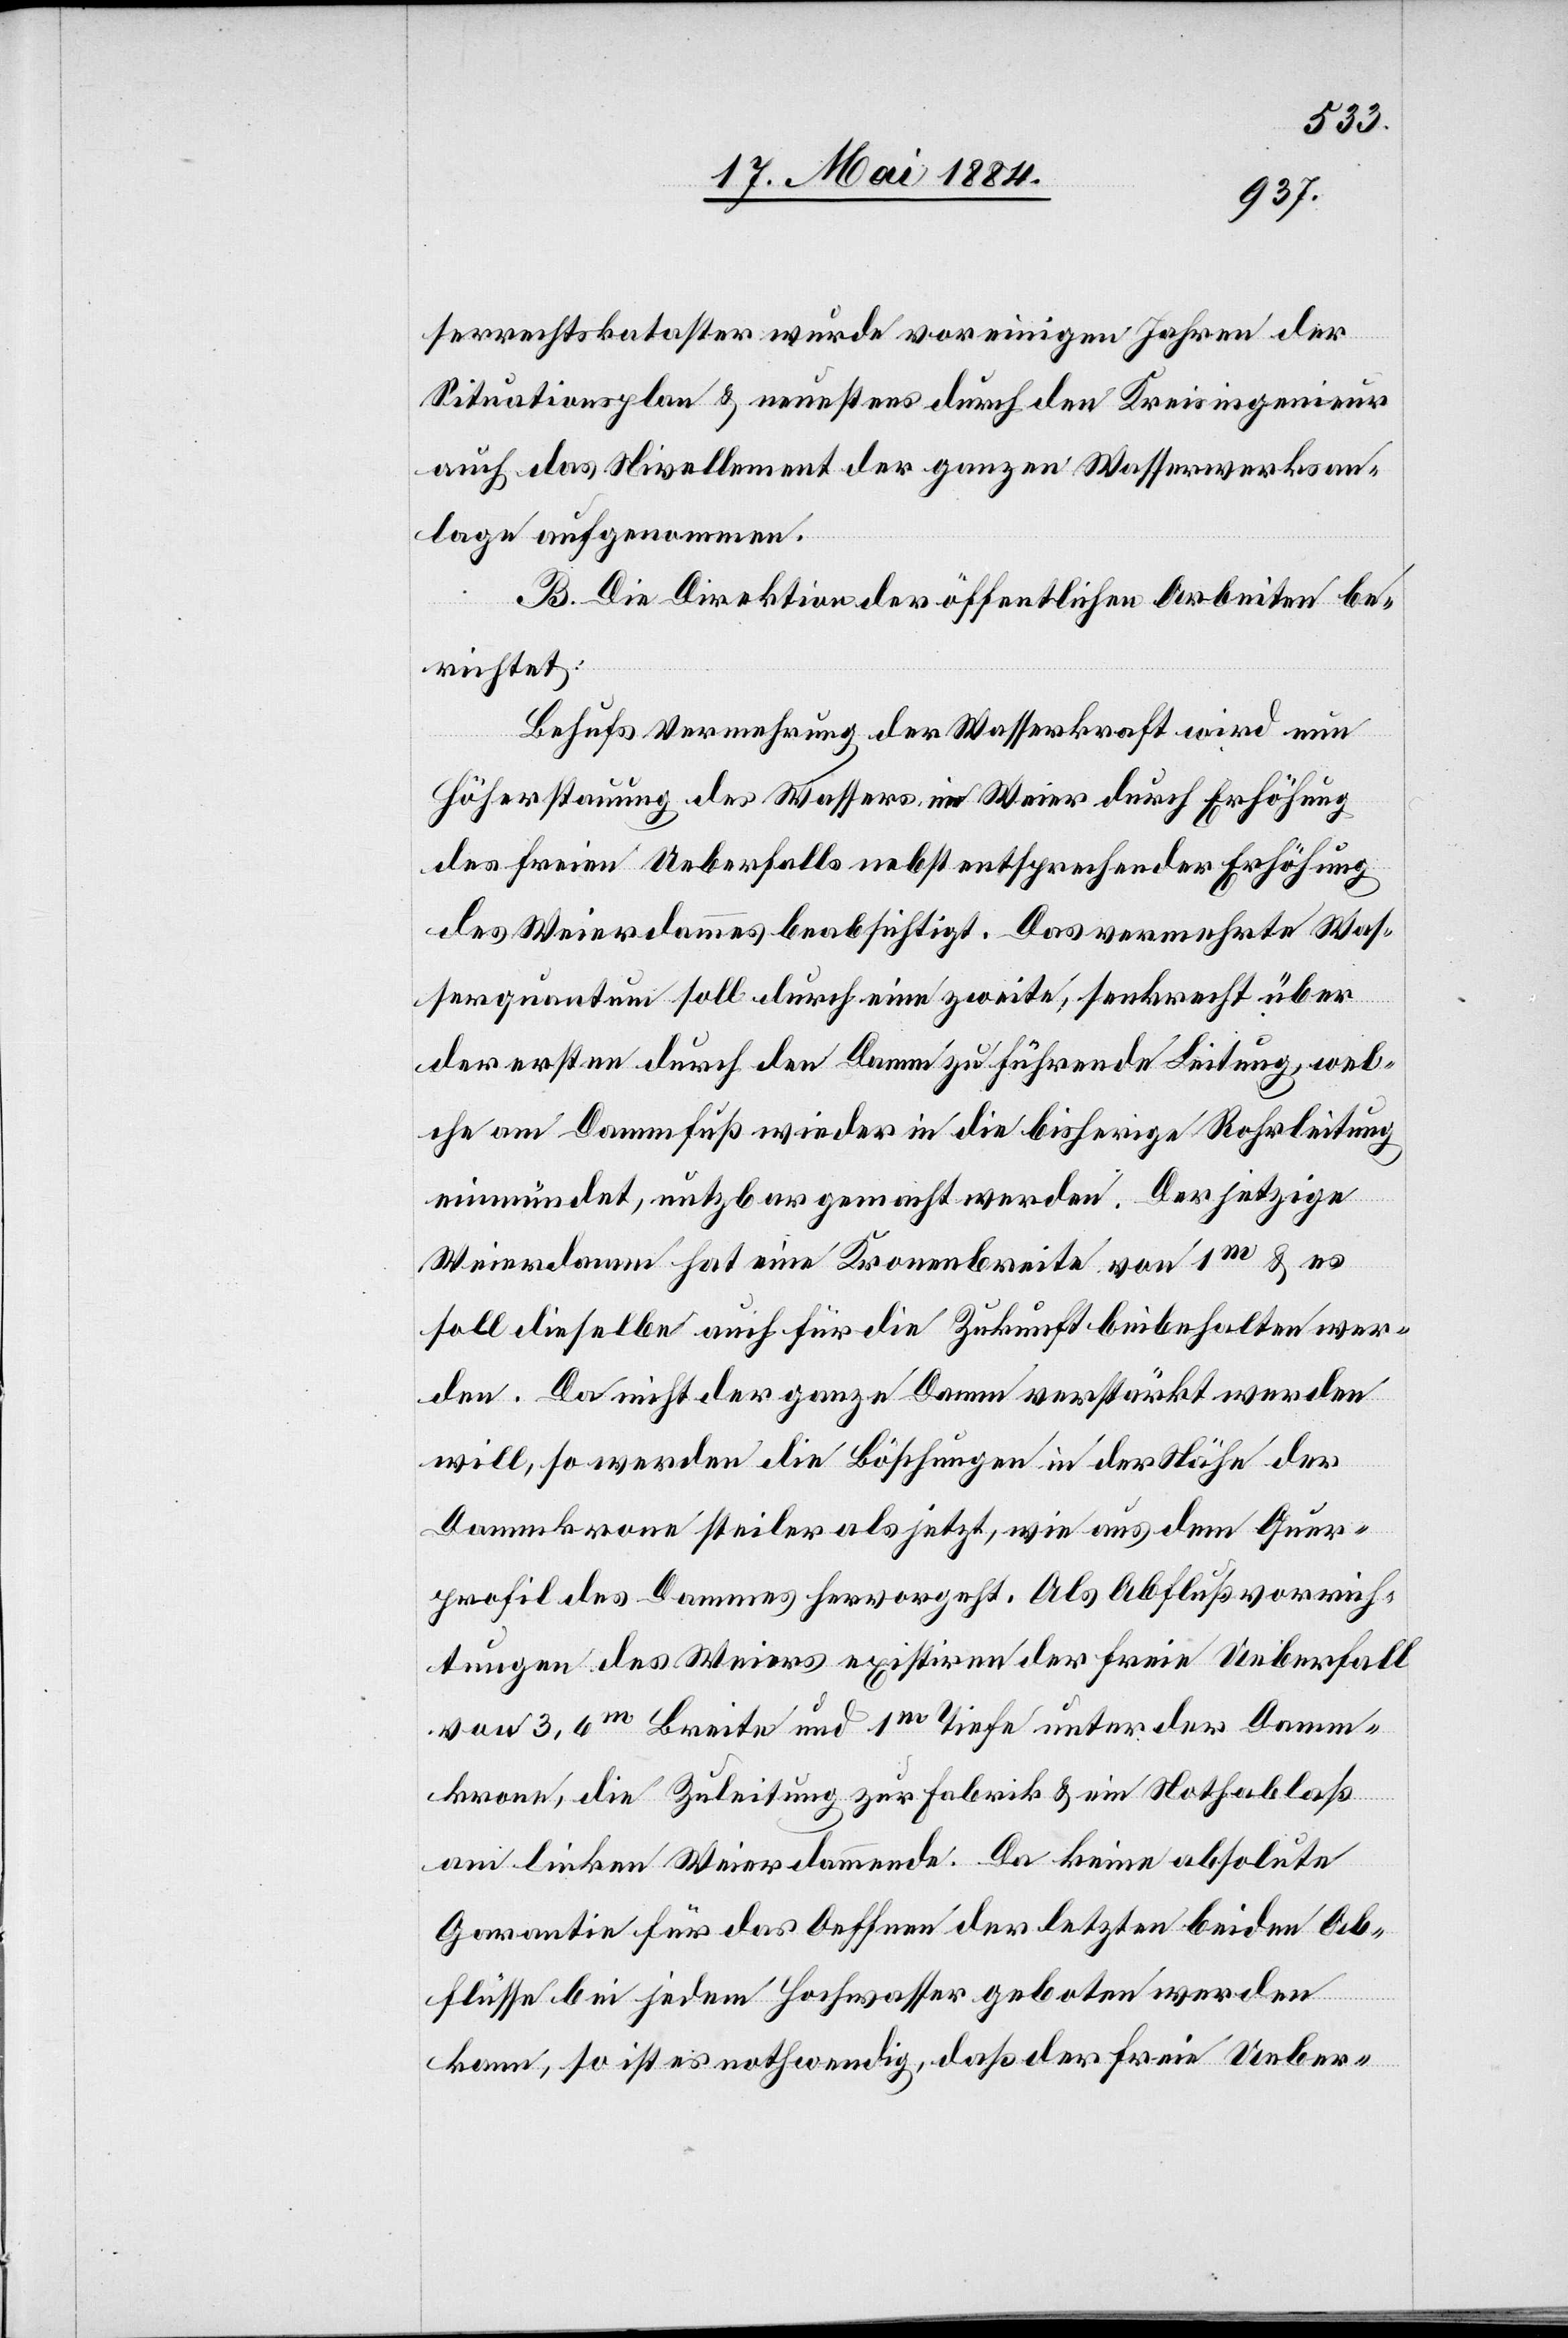
serrechtskataster wurde vor einigen Jahren der
Situationsplan & neuestens durch den Kreisingenieur
auch das Nivellement der ganzen Wasserwerksan¬
lage aufgenommen.
B. Die Direktion der öffentlichen Arbeiten be¬
richtet:
Behufs Vermehrung der Wasserkraft wird nun
Höherstauung des Wassers im Weier durch Erhöhung
des freien Ueberfalls nebst entsprechender Erhöhung
des Weierdammes beabsichtigt. Das vermehrte Was¬
serquantum soll durch eine zweite, senkrecht über
der ersten durch den Damm zu führende Leitung, wel¬
che am Dammfuß wieder in die bisherige Rohrleitung
einmündet, nutzbar gemacht werden. Der jetzige
Weierdamm hat eine Kronenbreite von 1m & es
soll dieselbe auch für die Zukunft beibehalten wer¬
den. Da nicht der ganze Damm verstärkt werden
will, so werden die Böschungen in der Nähe der
Dammkrone steiler als jetzt, wie aus dem Quer¬
profil des Dammes hervorgeht. Als Abflußvorrich¬
tungen des Weiers existiren der freie Ueberfall
von 3,6m Breite und 1m Tiefe unter der Damm¬
krone, die Zuleitung zur Fabrik & ein Nothablaß
am linken Weierdammende. Da keine absolute
Garantie für das Oeffnen der letzten beiden Ab¬
flüsse bei jedem Hochwasser geboten werden
kann, so ist es nothwendig, daß der freie Ueber-